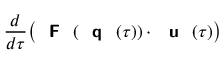
\frac { d } { d \tau } \big ( { \textbf { \textsf { F } } } ( { \textbf { \textsf { q } } } ( \tau ) ) \cdot { \textbf { \textsf { u } } } ( \tau ) \big )